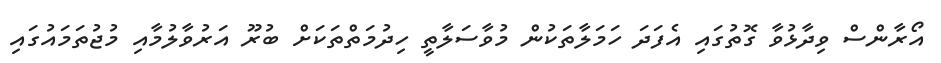
އޯރާންސް ވިދާޅުވާ ގޮތުގައި އެފަދަ ހަމަލާތަކުން މުވާސަލާތީ ހިދުމަތްތަކަށް ބުރޫ އަރުވާލުމާއި މުޖުތަމައުގައި